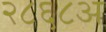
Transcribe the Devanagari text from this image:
२८६८अ